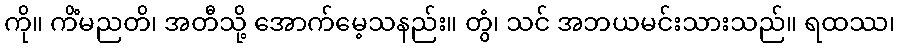
ကို။ ကိံမညတိ၊ အတီသို့ အောက်မေ့သနည်း။ တွံ၊ သင် အဘယမင်းသားသည်။ ရထဿ၊